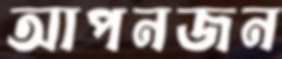
আপনজন